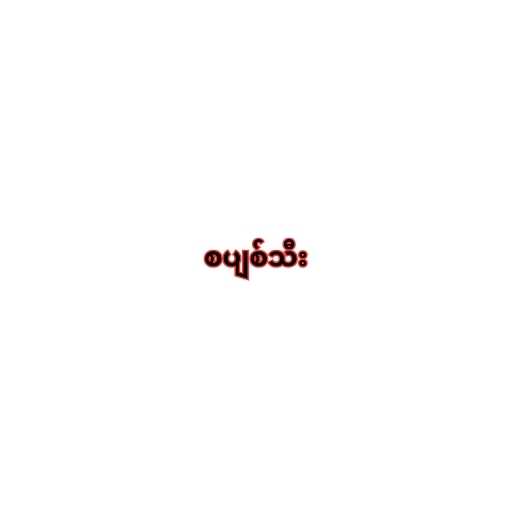
စပျစ်သီး